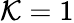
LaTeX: \mathcal{K}=1